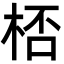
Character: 桮